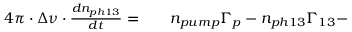
\begin{array} { r l r } { 4 \pi \cdot \Delta \nu \cdot \frac { d n _ { p h 1 3 } } { d t } = } & { { } } & { n _ { p u m p } \Gamma _ { p } - n _ { p h 1 3 } \Gamma _ { 1 3 } - } \end{array}